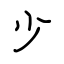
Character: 少